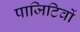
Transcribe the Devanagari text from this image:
पाजिटिवों